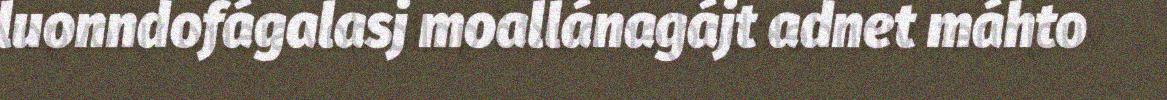
luonndofágalasj moallánagájt adnet máhto